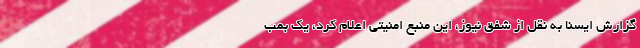
گزارش ایسنا به نقل از شفق نیوز، این منبع امنیتی اعلام کرد، یک بمب